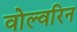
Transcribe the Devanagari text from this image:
वोल्वरिन